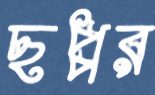
ছপ্পর